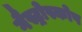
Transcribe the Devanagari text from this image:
गैस्ट्रोस्कोप